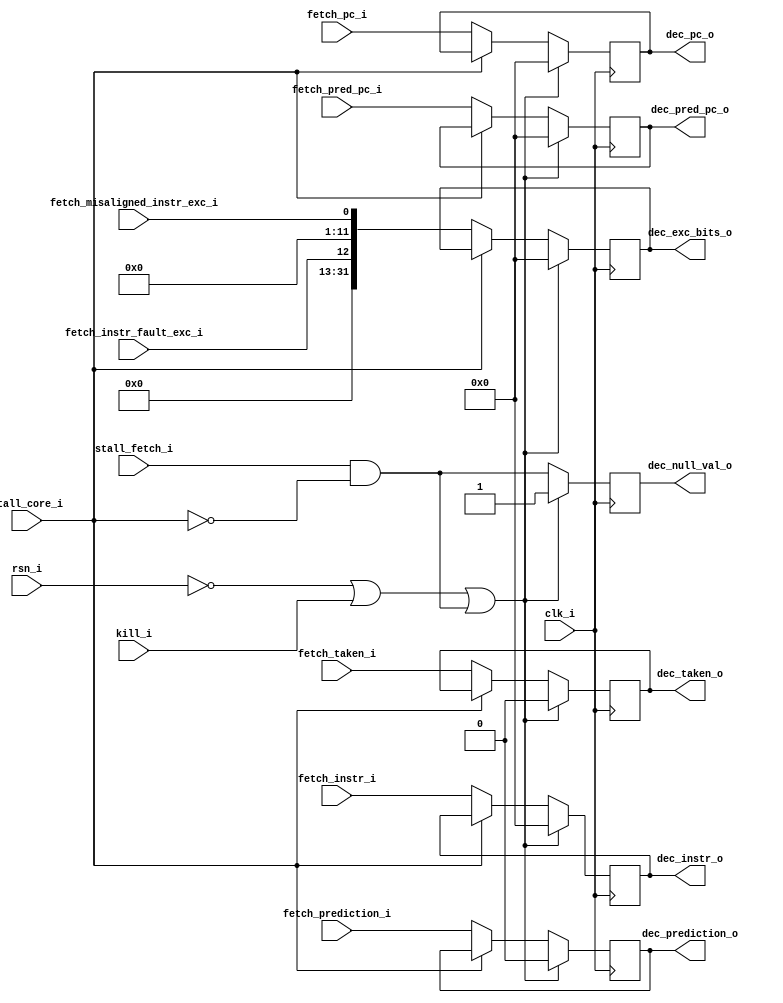
// Latch between fetch and decode

module fetch_dec_latch(
input			clk_i,
input			rsn_i,
input 			stall_core_i,
input			kill_i,
input           stall_fetch_i,
input			fetch_misaligned_instr_exc_i,
input			fetch_instr_fault_exc_i,
input  [31:0]   fetch_instr_i,
input  [31:0]   fetch_pc_i,
input  [31:0]   fetch_pred_pc_i,
input           fetch_prediction_i, 
input           fetch_taken_i,
output [31:0]   dec_pred_pc_o,
output  		dec_prediction_o,
output  		dec_taken_o,
output [31:0]	dec_exc_bits_o, 
output          dec_null_val_o,
output [31:0]	dec_instr_o,
output [31:0]	dec_pc_o);

reg [31:0]	dec_pred_pc;
reg  		dec_prediction;
reg  		dec_taken;
reg [31:0]	dec_exc_bits;
reg         dec_null_val;
reg [31:0]	dec_instr;
reg [31:0]	dec_pc;

reg sc;
assign dec_pred_pc_o =  dec_pred_pc;
assign dec_prediction_o =  dec_prediction;
assign dec_taken_o =  dec_taken;
assign dec_exc_bits_o =  dec_exc_bits;
assign dec_null_val_o =  dec_null_val;
assign dec_instr_o =  dec_instr;
assign dec_pc_o =  dec_pc;
// Latch 
always @(posedge clk_i)
begin
    dec_null_val = (stall_fetch_i & !stall_core_i);
	if (!rsn_i || kill_i || (stall_fetch_i & !stall_core_i)) begin
		sc = 0;
		dec_pred_pc = 32'b0;
		dec_prediction = 1'b0;
		dec_taken = 1'b0;
		dec_exc_bits = 32'b0;
        dec_null_val = 1'b1;
		dec_pc = 32'b0;
		dec_instr = 32'b0;
	end
	else begin
		if (!stall_core_i) begin
            dec_pred_pc = fetch_pred_pc_i;
            dec_prediction = fetch_prediction_i;
            dec_taken = fetch_taken_i;
			dec_exc_bits = {19'b0,fetch_instr_fault_exc_i,11'b0,fetch_misaligned_instr_exc_i};
			dec_instr = fetch_instr_i;
			dec_pc = fetch_pc_i;
		end
		sc = stall_core_i;
	end
end
endmodule